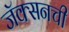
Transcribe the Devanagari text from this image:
जॅक्सनची